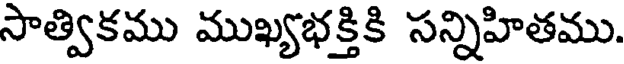
సాత్వికము ముఖ్యభక్తికి సన్నిహితము.